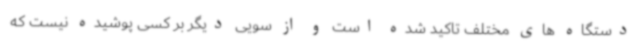
دستگاه های مختلف تاکید شده است و از سویی دیگر بر کسی پوشیده نیست که